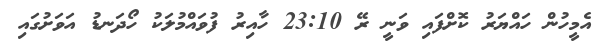
އެމީހުން ހައްޔަރު ކޮށްފައި ވަނީ ރޭ 23:10 ހާއިރު ފުވައްމުލަކު ހޯދަނޑު އަވަށުގައި